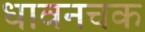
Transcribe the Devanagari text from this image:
धावनचक